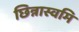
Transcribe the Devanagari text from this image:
छिन्नास्वमि